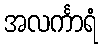
အလင်္ကာရံ